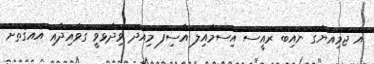
އެ ޖަމިއްޔާގެ ނައިބް ރައީސް އިސްމާއިލް އާސިފް މިއަދު ވިދާޅުވީ ގަވާއިދާއި އެއްގޮތަށް